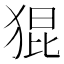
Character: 猑